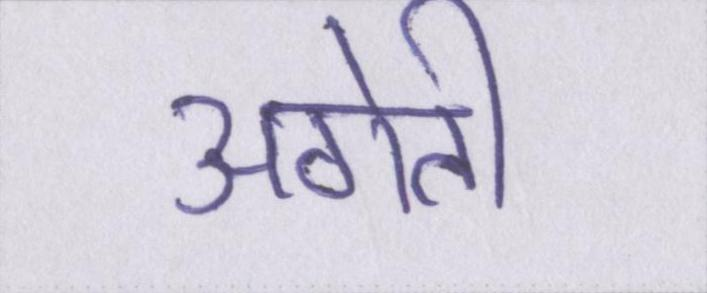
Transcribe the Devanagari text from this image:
अगेती